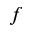
f